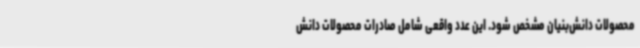
محصولات دانش‌بنیان مشخص شود. این عدد واقعی شامل صادرات محصولات دانش